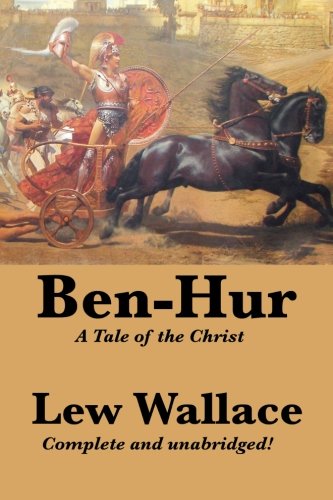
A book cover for Ben-Hur: A Tale of the Christ, Complete and Unabridged; Lew Wallace; Literature & Fiction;